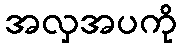
အလှအပကို